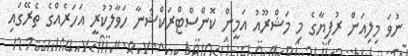
ނުވަ މިލިއަން ރުފިޔާގެ މި މަޝްރޫއު އަމީން ކޮންސްޓްރަކްޝަނާ ހަވާލުކުރީ އަހަރެއްގެ ތެރޭގައި